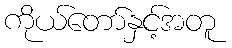
ကိုယ်တော်နှင့်အတူ